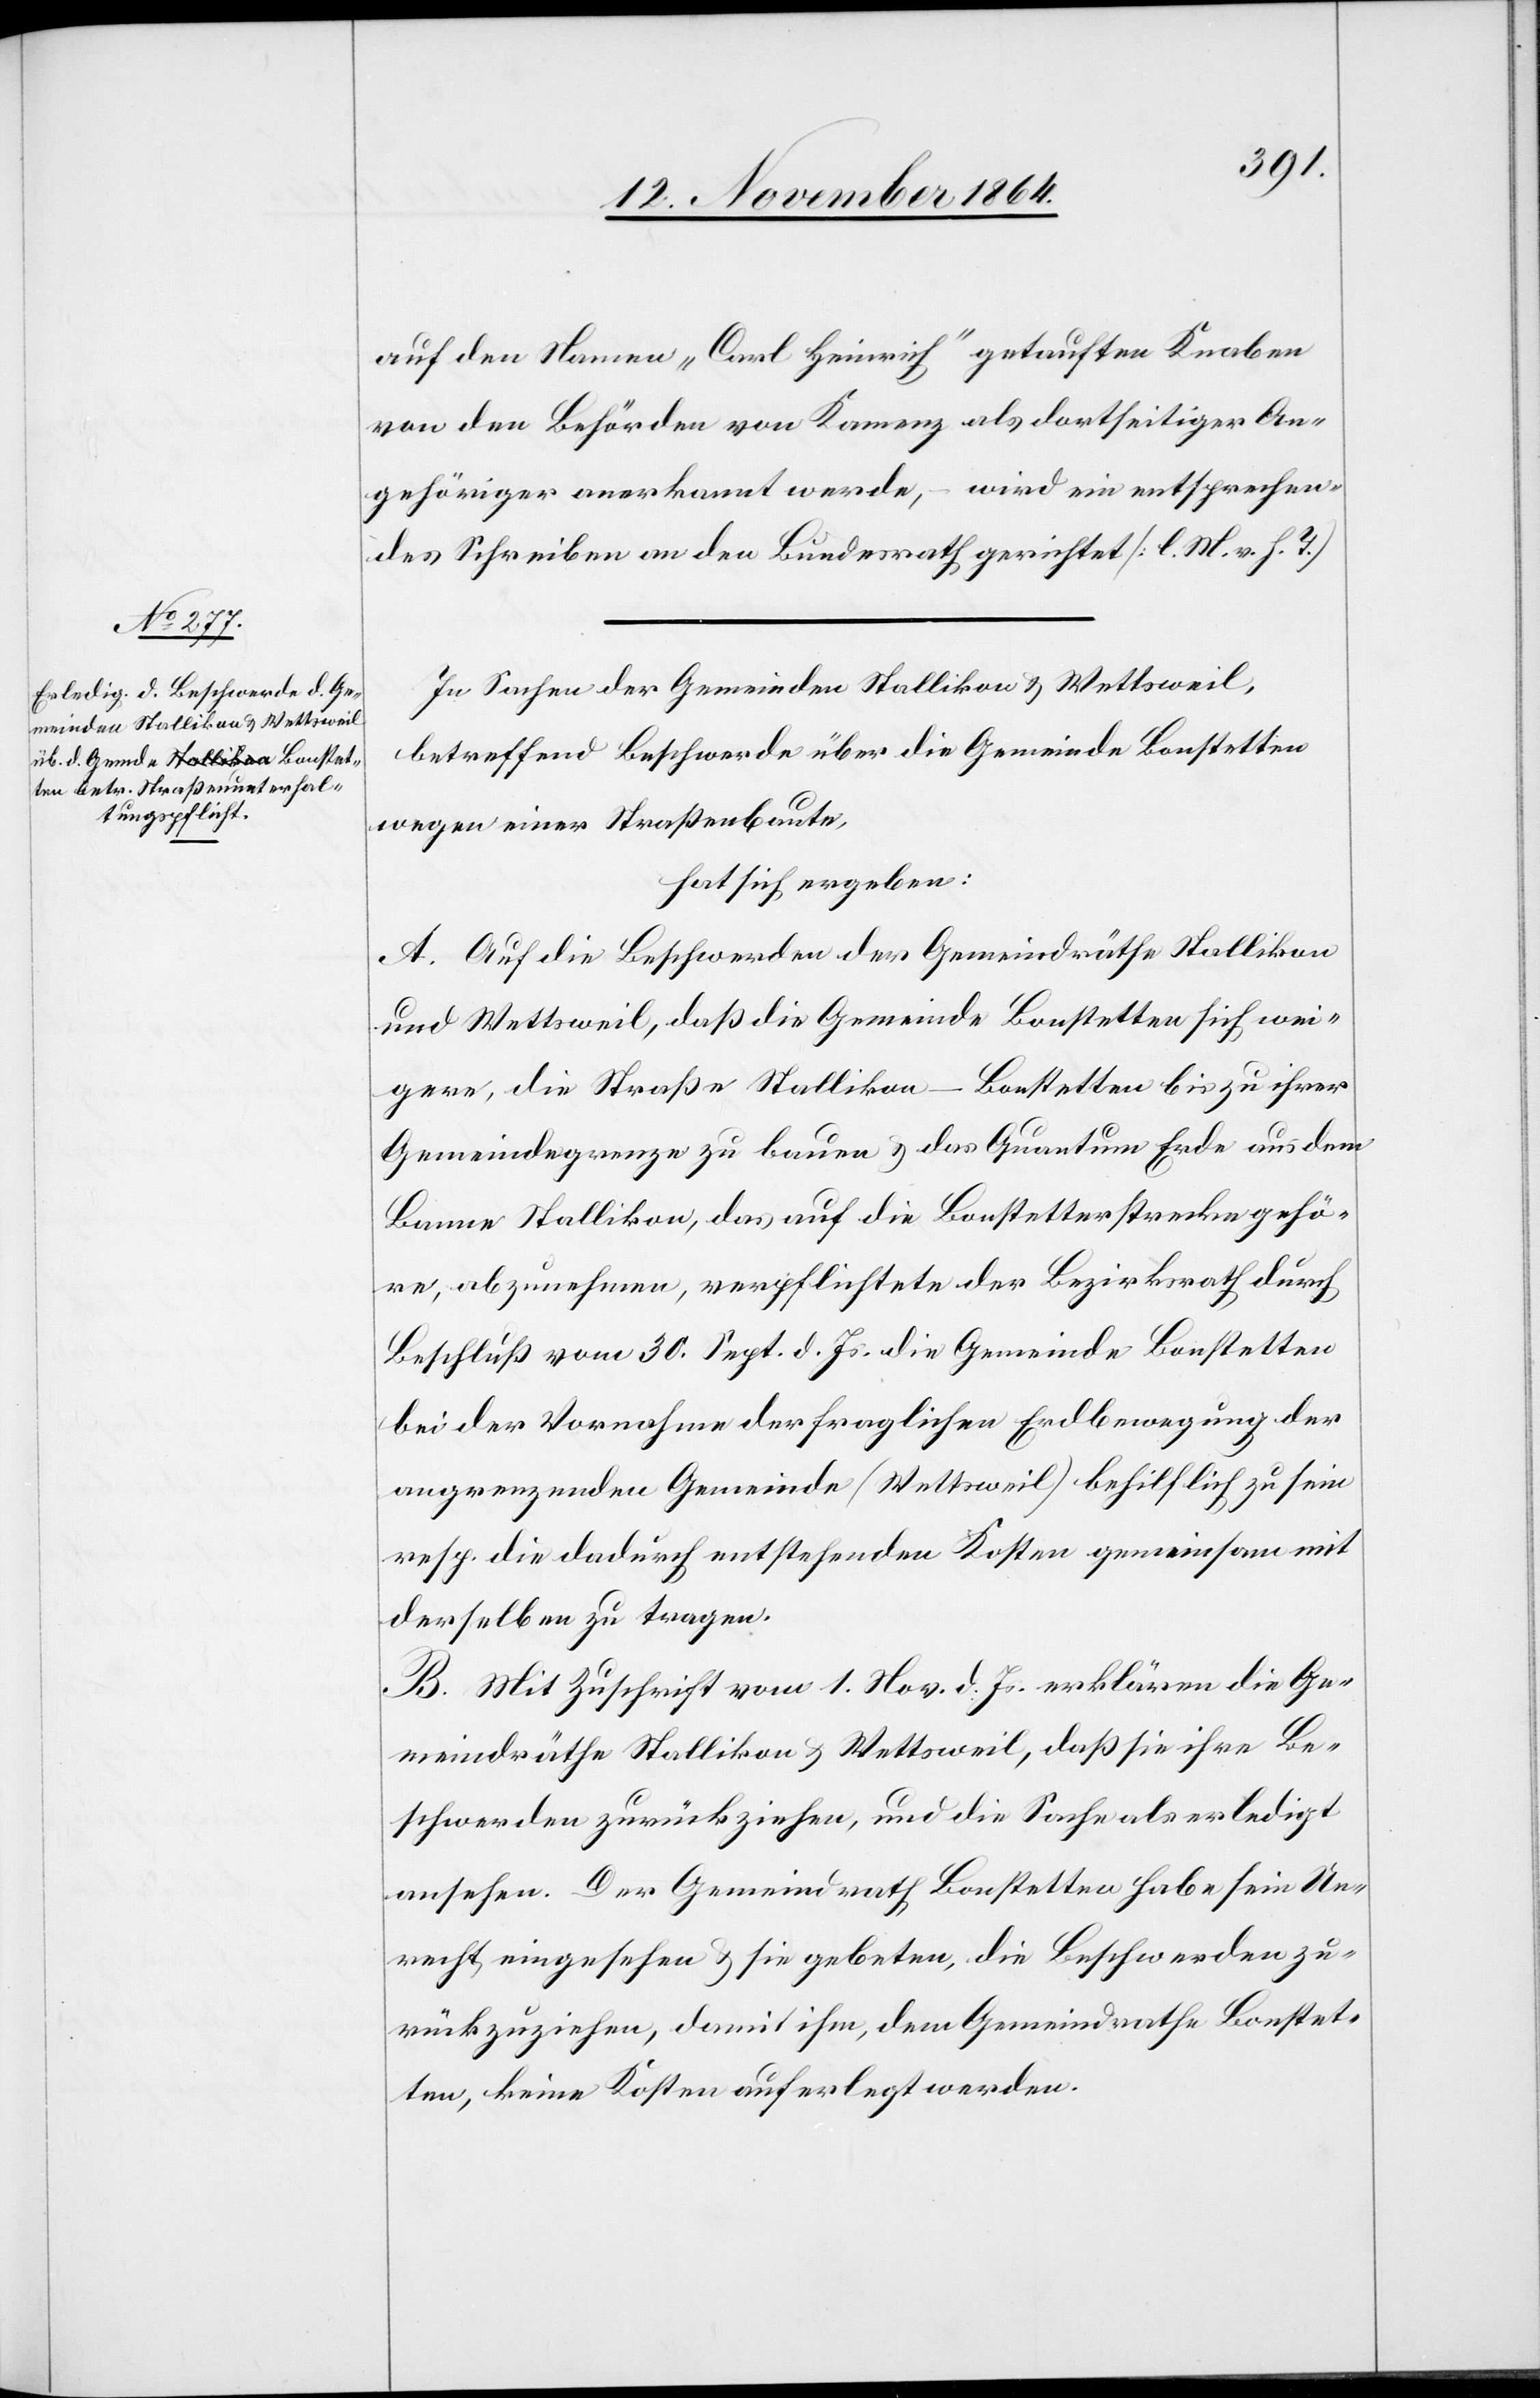
auf den Namen „Carl Heinrich“ getauften Knaben
von den Behörden von Kamenz als dortseitiger An¬
gehöriger anerkannt werde, – wird ein entsprechen¬
des Schreiben an den Bundesrath gerichtet. [l. M. v. h. T.]
In Sachen der Gemeinden Stallikon & Wettsweil,
betreffend Beschwerde über die Gemeinde Bonstetten
wegen einer Straßenbaute,
hat sich ergeben:
A. Auf die Beschwerde der Gemeindräthe Stallikon
und Wettsweil, daß die Gemeinde Bonstetten sich wei¬
gere, die Straße Stallikon–Bonstetten bis zu ihrer
Gemeindsgrenze zu bauen & das Quantum Erde aus dem
Banne Stallikon, das auf die Bonstetterstrecke gehö¬
re, abzunehmen, verpflichtete der Bezirksrath durch
Beschluß vom 30. Sept. d. Js. die Gemeinde Bonstetten
bei der Vornahme der fraglichen Erdbewegung der
angrenzenden Gemeinde (Wettsweil) behilflich zu sein
resp. die dadurch entstehenden Kosten gemeinsam mit
derselben zu tragen.
B. Mit Zuschrift vom 1. Nov. d. Js. erklären die Ge¬
meindräthe Stallikon & Wettsweil, daß sie ihre Be¬
schwerden zurückziehen, und die Sache als erledigt
ansehen. Der Gemeindrath Bonstetten habe sein Un¬
recht eingesehen & sie gebeten, die Beschwerden zu¬
rückzuziehen, damit ihm, dem Gemeindrathe Bonstet¬
ten, keine Kosten auferlegt werden.